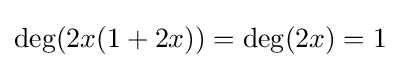
\deg(2x(1+2x))=\deg(2x)=1